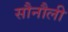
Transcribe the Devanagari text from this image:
सौनौली